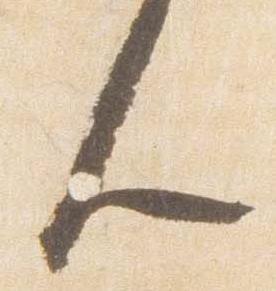
人